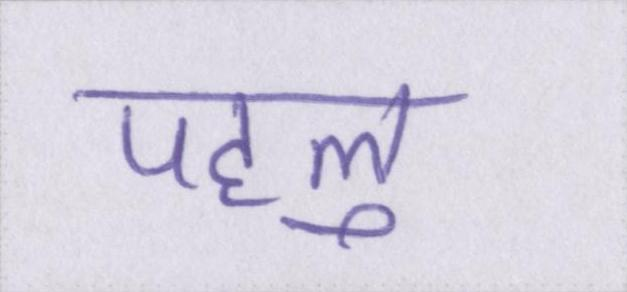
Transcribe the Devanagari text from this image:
पहलु